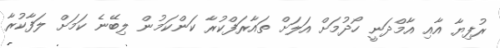
ރުފިޔާ އާއި އާމްދަނީ ހޯދުމަށް އަލަށް ތައާރަފްކުރާ ކަންކަމުން ލިބޭނެ ކަމަށް ލަފާކުރާ